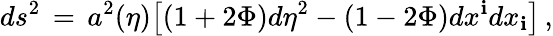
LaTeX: ds^{2}\, =\, a^{2}(\eta)\bigl[(1+2\Phi)d\eta^{2}-(1-2\Phi)dx^{\mathbf{i}}dx_{\mathbf{i}}\bigr]\, ,